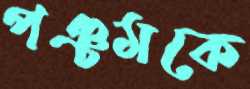
পঞ্চমকে